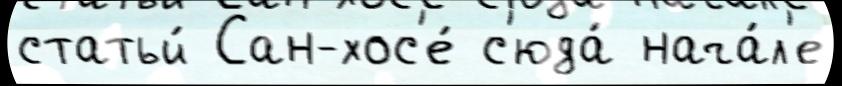
статьи́ Сан-хос'е́ с'юда́ нача́л'е